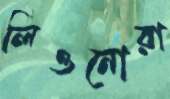
লিওনোরা